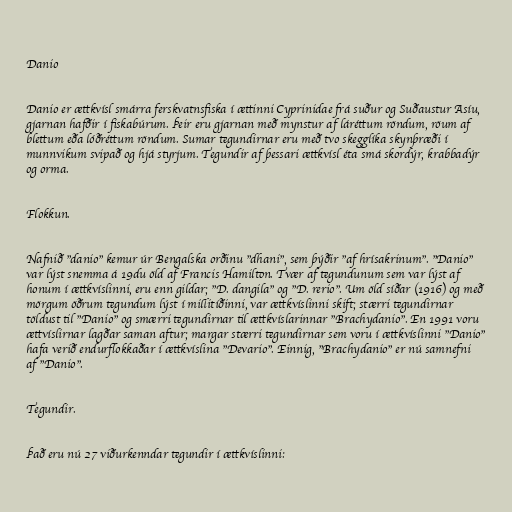
Danio

Danio er ættkvísl smárra ferskvatnsfiska í ættinni Cyprinidae frá suður og Suðaustur Asíu,
gjarnan hafðir í fiskabúrum. Þeir eru gjarnan með mynstur af láréttum röndum, röum af
blettum eða lóðréttum röndum. Sumar tegundirnar eru með tvo skegglíka skynþræði í
munnvikum svipað og hjá styrjum. Tegundir af þessari ættkvísl éta smá skordýr, krabbadýr
og orma.

Flokkun.

Nafnið "danio" kemur úr Bengalska orðinu "dhani", sem þýðir "af hrísakrinum". "Danio"
var lýst snemma á 19du öld af Francis Hamilton. Tvær af tegundunum sem var lýst af
honum í ættkvíslinni, eru enn gildar; "D. dangila" og "D. rerio". Um öld síðar (1916) og með
mörgum öðrum tegundum lýst í millitíðinni, var ættkvíslinni skift; stærri tegundirnar
töldust til "Danio" og smærri tegundirnar til ættkvíslarinnar "Brachydanio". En 1991 voru
ættvíslirnar lagðar saman aftur; margar stærri tegundirnar sem voru í ættkvíslinni "Danio"
hafa verið endurflokkaðar í ættkvíslina "Devario". Einnig, "Brachydanio" er nú samnefni
af "Danio".

Tegundir.

Það eru nú 27 viðurkenndar tegundir í ættkvíslinni: